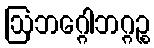
ဩဘဂ္ဂေါဘဂ္ဂဉ္စ